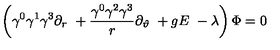
\left( \gamma ^ { 0 } \gamma ^ { 1 } \gamma ^ { 3 } \partial _ { r } \ + \frac { \gamma ^ { 0 } \gamma ^ { 2 } \gamma ^ { 3 } } r \partial _ { \vartheta } \ + g E \ - \lambda \right) \Phi = 0